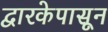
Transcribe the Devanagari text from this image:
द्वारकेपासून